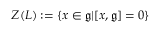
Z ( L ) : = \{ x \in { \mathfrak { g } } | [ x , { \mathfrak { g } } ] = 0 \}